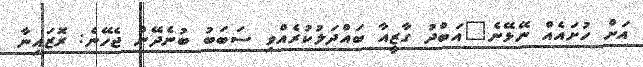
އަށް ހުށައެއް ނޭޅޭނެ"އަބްދު ގާޒީއާ ބައްދަލުކުރެއްވި ސަބަބު ބުނެދޭން ޖެހޭނެ: ރޮޒައިނާ